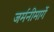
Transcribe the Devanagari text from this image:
जर्मनीमार्गे